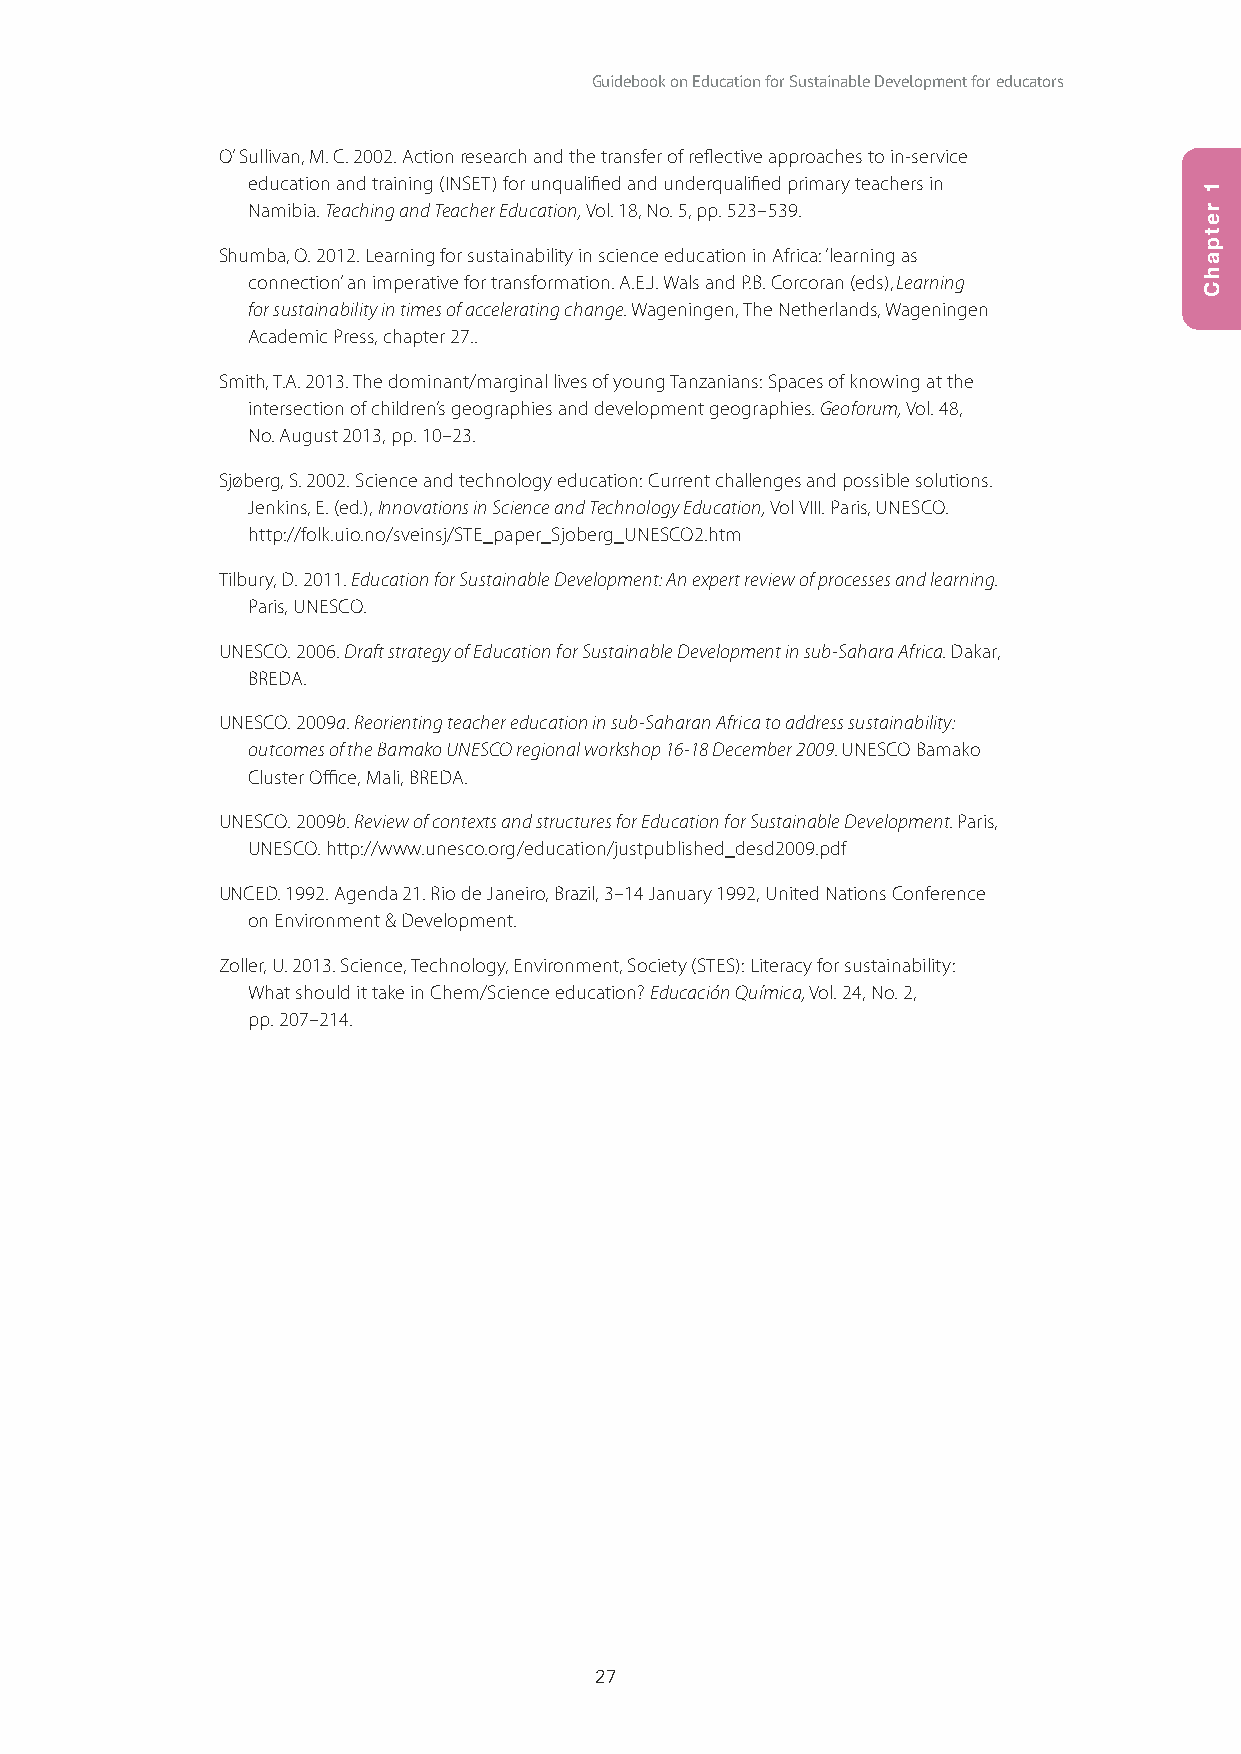
Guidebook on Education for Sustainable Development for educators
 O’ Sullivan, M. C. 2002. Action research and the transfer of reflective approaches to in-service
 education and training (INSET) for unqualified and underqualified primary teachers in
 Namibia. Teaching and Teacher Education, Vol. 18, No. 5, pp. 523–539.
 Shumba, O. 2012. Learning for sustainability in science education in Africa: ‘learning as
 connection’ an imperative for transformation. A.E.J. Wals and P.B. Corcoran (eds), Learning
 for sustainability in times of accelerating change. Wageningen, The Netherlands, Wageningen
 Academic Press, chapter 27..
 Smith, T.A. 2013. The dominant/marginal lives of young Tanzanians: Spaces of knowing at the
 intersection of children’s geographies and development geographies. Geoforum, Vol. 48,
 No. August 2013, pp. 10–23.
 Sjøberg, S. 2002. Science and technology education: Current challenges and possible solutions.
 Jenkins, E. (ed.), Innovations in Science and Technology Education, Vol VIII. Paris, UNESCO.
 http://folk.uio.no/sveinsj/STE_paper_Sjoberg_UNESCO2.htm
 Tilbury, D. 2011. Education for Sustainable Development: An expert review of processes and learning.
 Paris, UNESCO.
 UNESCO. 2006. Draft strategy of Education for Sustainable Development in sub-Sahara Africa. Dakar,
 BREDA.
 UNESCO. 2009a. Reorienting teacher education in sub-Saharan Africa to address sustainability:
 outcomes of the Bamako UNESCO regional workshop 16-18 December 2009. UNESCO Bamako
 Cluster Office, Mali, BREDA.
 UNESCO. 2009b. Review of contexts and structures for Education for Sustainable Development. Paris,
 UNESCO. http://www.unesco.org/education/justpublished_desd2009.pdf
 UNCED. 1992. Agenda 21. Rio de Janeiro, Brazil, 3–14 January 1992, United Nations Conference
 on Environment & Development.
 Zoller, U. 2013. Science, Technology, Environment, Society (STES): Literacy for sustainability:
 What should it take in Chem/Science education? Educación Química, Vol. 24, No. 2,
 pp. 207–214.
 27
 1
 retpahC